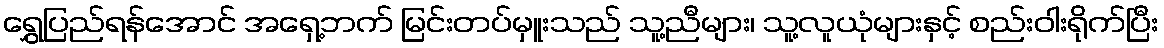
ရွှေပြည်ရန်အောင် အရှေ့ဘက် မြင်းတပ်မှူးသည် သူ့ညီများ၊ သူ့လူယုံများနှင့် စည်းဝါးရိုက်ပြီး